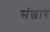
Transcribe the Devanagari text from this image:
संछार